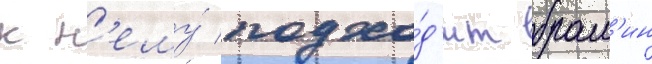
к н'ему́ подхо́д'ит брам'ин